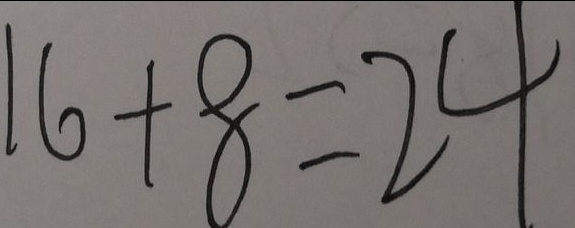
1 6 + 8 = 2 4